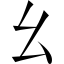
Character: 幺